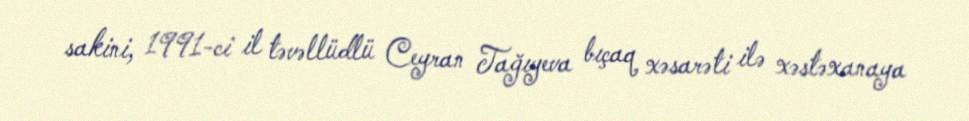
sakini, 1991-ci il təvəllüdlü Ceyran Tağıyeva bıçaq xəsarəti ilə xəstəxanaya